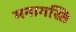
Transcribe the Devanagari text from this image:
मनागस्ति